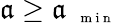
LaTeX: \mathfrak{a}\ge\mathfrak{a}_{\mathrm{{~{~\scriptsize~m~i~n~}~}}}